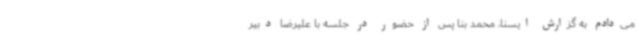
می‌دادم به گزارش ایسنا، محمد بنا پس از حضور در جلسه با علیرضا دبیر